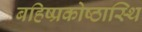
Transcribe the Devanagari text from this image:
बहिष्प्रकोष्ठास्थि